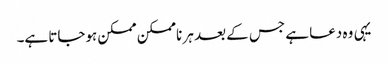
یہی وہ دعا ہے جس کے بعد ہر ناممکن ممکن ہوجاتا ہے۔